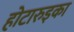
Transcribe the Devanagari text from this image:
होटारुइका